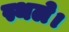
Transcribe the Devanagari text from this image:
स्थले।